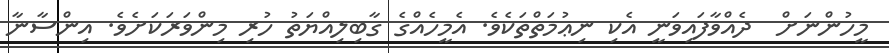
މީހުންނަށް  ދެއްވާފައިވަނީ އެކި ނިޢުމަތްތަކެވެ. އެމީހެއްގެ ގާބިލިއްޔަތު ހުރި މިންވަރަކަށެވެ. އިންސާނާ